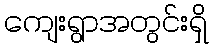
ကျေးရွာအတွင်းရှိ